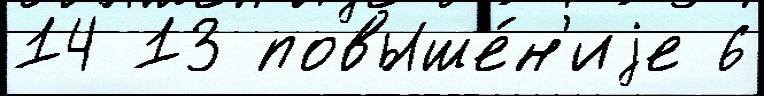
14 13 повыше́н'иjе 6